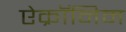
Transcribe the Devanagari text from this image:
ऐक्रॉनिम